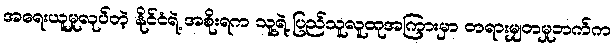
အရေးယူမှုလုပ်တဲ့ နိုင်ငံရဲ့ အစိုးရက သူ့ရဲ့ ပြည်သူလူထုအကြားမှာ တရားမျှတမှုဘက်က